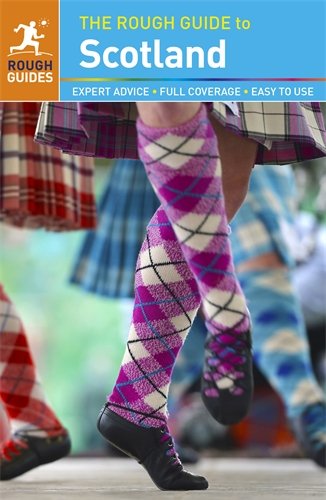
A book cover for The Rough Guide to Scotland; Rob Humphreys; Travel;